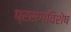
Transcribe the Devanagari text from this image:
प्रसंगविशेष